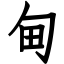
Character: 甸